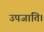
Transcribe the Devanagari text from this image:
उपजाति।